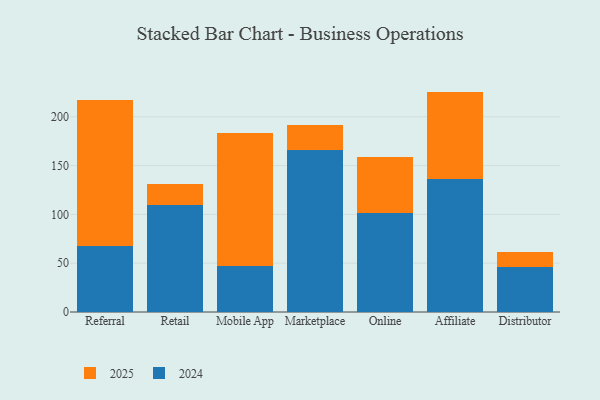
{"axis": {"x": "Channel", "y": "Population (Million)"}, "legend": ["2024", "2025"], "data": [{"x": "Referral", "y": 148.9, "type": "2025"}, {"x": "Referral", "y": 68.0, "type": "2024"}, {"x": "Retail", "y": 21.1, "type": "2025"}, {"x": "Retail", "y": 109.7, "type": "2024"}, {"x": "Mobile App", "y": 135.5, "type": "2025"}, {"x": "Mobile App", "y": 47.6, "type": "2024"}, {"x": "Marketplace", "y": 25.7, "type": "2025"}, {"x": "Marketplace", "y": 165.8, "type": "2024"}, {"x": "Online", "y": 57.5, "type": "2025"}, {"x": "Online", "y": 101.4, "type": "2024"}, {"x": "Affiliate", "y": 90.0, "type": "2025"}, {"x": "Affiliate", "y": 135.8, "type": "2024"}, {"x": "Distributor", "y": 14.9, "type": "2025"}, {"x": "Distributor", "y": 46.1, "type": "2024"}]}